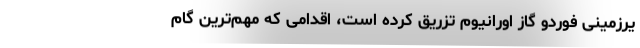
یرزمینی فوردو گاز اورانیوم تزریق کرده است، اقدامی که مهم‌ترین گام